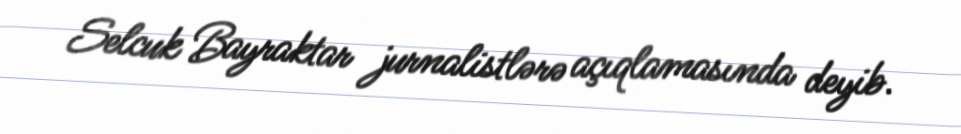
Selcuk Bayraktar jurnalistlərə açıqlamasında deyib.